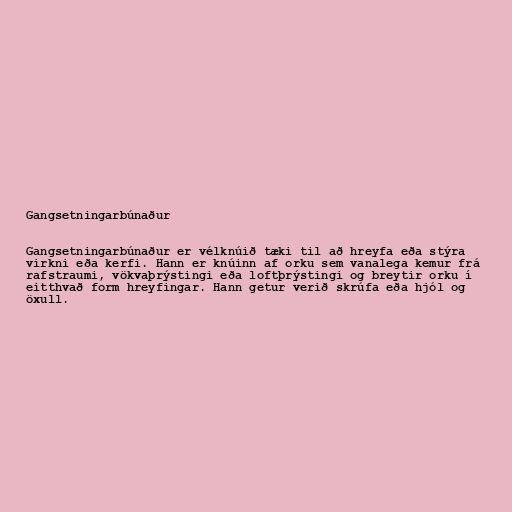
Gangsetningarbúnaður

Gangsetningarbúnaður er vélknúið tæki til að hreyfa eða stýra
virkni eða kerfi. Hann er knúinn af orku sem vanalega kemur frá
rafstraumi, vökvaþrýstingi eða loftþrýstingi og breytir orku í
eitthvað form hreyfingar. Hann getur verið skrúfa eða hjól og
öxull.